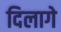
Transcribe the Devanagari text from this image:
दिलागे